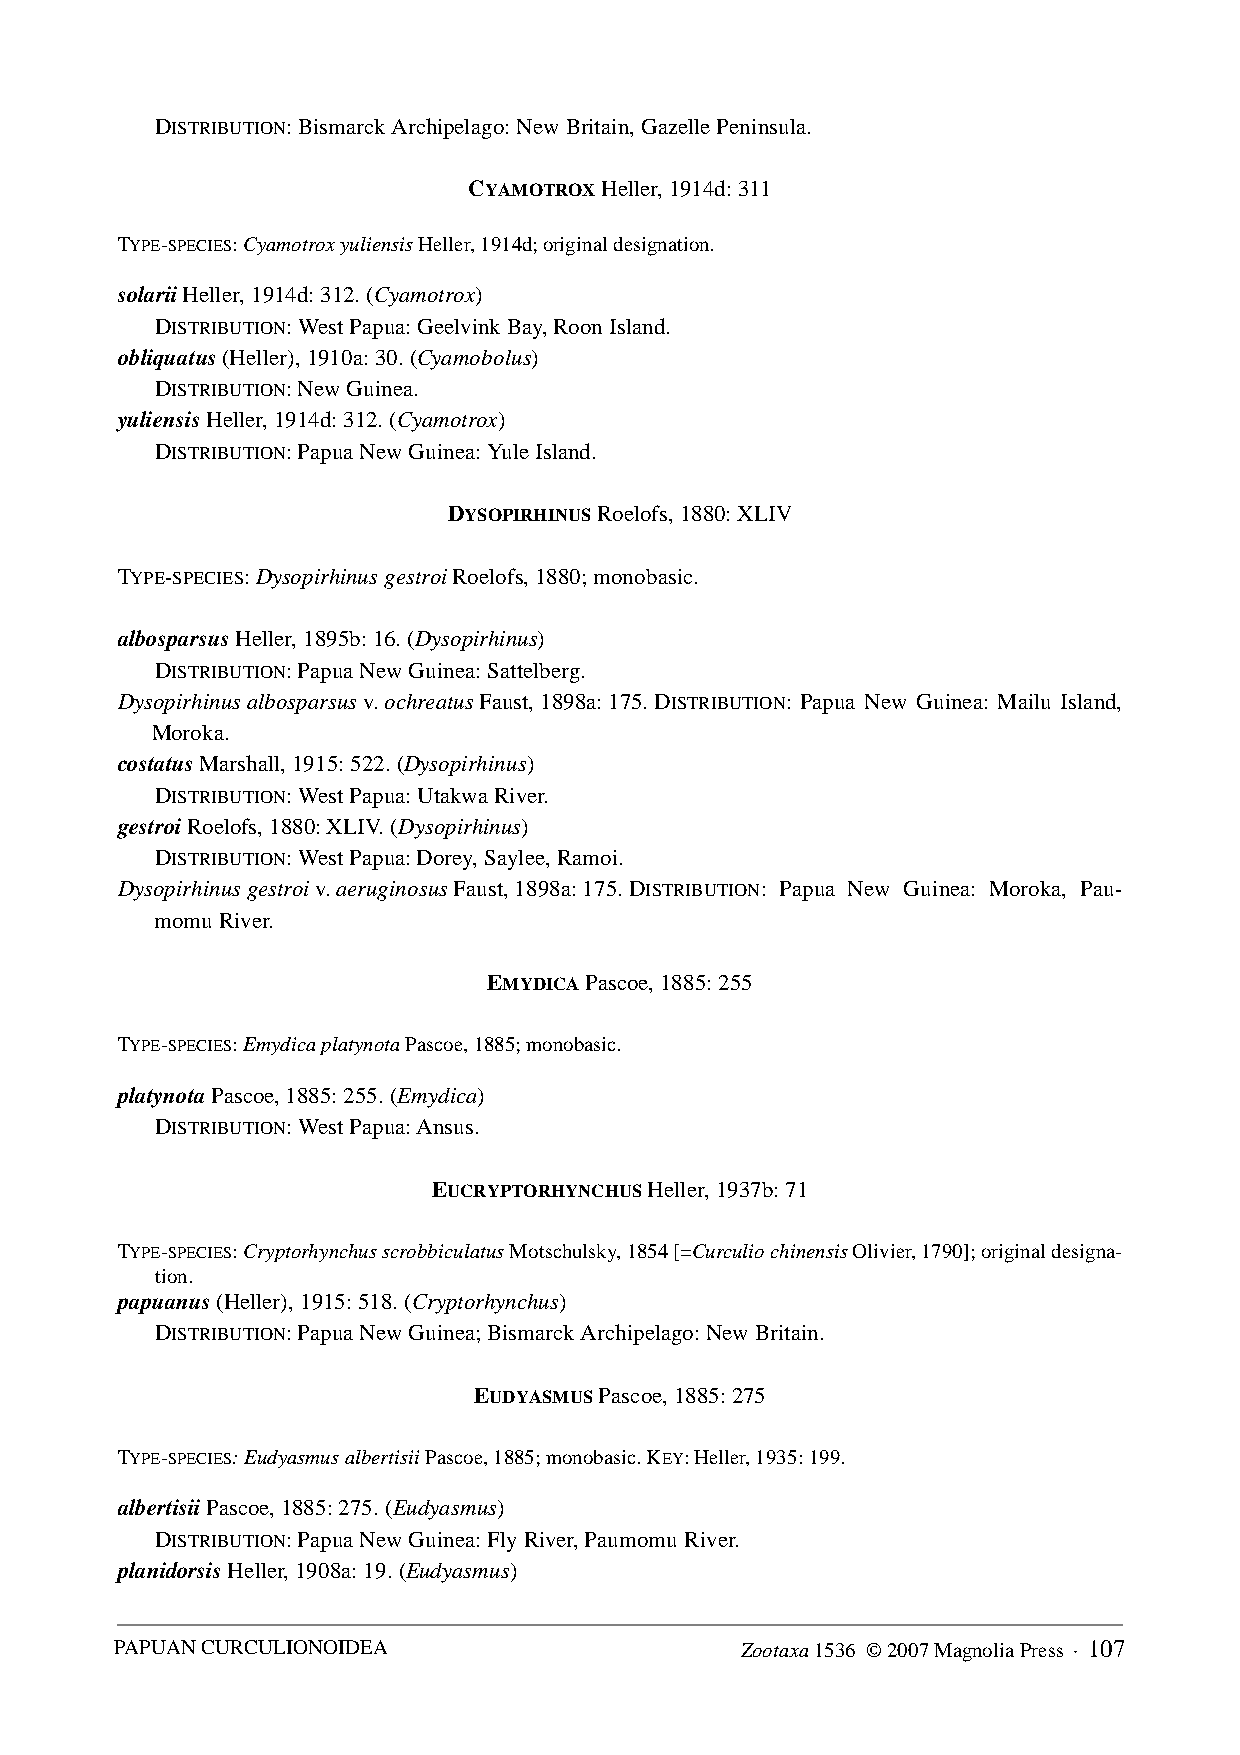
DISTRIBUTION: Bismarck Archipelago: New Britain, Gazelle Peninsula.
 CYAMOTROX Heller, 1914d: 311
 TYPE-SPECIES: Cyamotrox yuliensis Heller, 1914d; original designation.
 solarii Heller, 1914d: 312. (Cyamotrox)
 DISTRIBUTION: West Papua: Geelvink Bay, Roon Island.
 obliquatus (Heller), 1910a: 30. (Cyamobolus)
 DISTRIBUTION: New Guinea.
 yuliensis Heller, 1914d: 312. (Cyamotrox)
 DISTRIBUTION: Papua New Guinea: Yule Island.
 DYSOPIRHINUS Roelofs, 1880: XLIV
 TYPE-SPECIES: Dysopirhinus gestroi Roelofs, 1880; monobasic.
 albosparsus Heller, 1895b: 16. (Dysopirhinus)
 DISTRIBUTION: Papua New Guinea: Sattelberg.
 Dysopirhinus albosparsus v. ochreatus Faust, 1898a: 175. DISTRIBUTION: Papua New Guinea: Mailu Island,
 Moroka.
 costatus Marshall, 1915: 522. (Dysopirhinus)
 DISTRIBUTION: West Papua: Utakwa River.
 gestroi Roelofs, 1880: XLIV. (Dysopirhinus)
 DISTRIBUTION: West Papua: Dorey, Saylee, Ramoi.
 Dysopirhinus gestroi v. aeruginosus Faust, 1898a: 175. DISTRIBUTION: Papua New Guinea: Moroka, Pau-
 momu River.
 EMYDICA Pascoe, 1885: 255
 TYPE-SPECIES: Emydica platynota Pascoe, 1885; monobasic.
 platynota Pascoe, 1885: 255. (Emydica)
 DISTRIBUTION: West Papua: Ansus.
 EUCRYPTORHYNCHUS Heller, 1937b: 71
 TYPE-SPECIES: Cryptorhynchus scrobbiculatus Motschulsky, 1854 [=Curculio chinensis Olivier, 1790]; original designa-
 tion.
 papuanus (Heller), 1915: 518. (Cryptorhynchus)
 DISTRIBUTION: Papua New Guinea; Bismarck Archipelago: New Britain.
 EUDYASMUS Pascoe, 1885: 275
 TYPE-SPECIES: Eudyasmus albertisii Pascoe, 1885; monobasic. KEY: Heller, 1935: 199.
 albertisii Pascoe, 1885: 275. (Eudyasmus)
 DISTRIBUTION: Papua New Guinea: Fly River, Paumomu River.
 planidorsis Heller, 1908a: 19. (Eudyasmus)
 PAPUAN CURCULIONOIDEA                    Zootaxa 1536 © 2007 Magnolia Press · 107